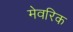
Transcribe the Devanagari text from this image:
मेवरिक